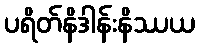
ပရိတ်နိဒါန်းနိဿယ